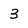
Character: 3